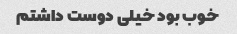
خوب بود خیلی دوست داشتم